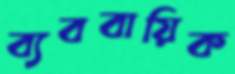
ব্যববায়িক